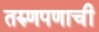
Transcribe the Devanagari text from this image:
तरुणपणाची